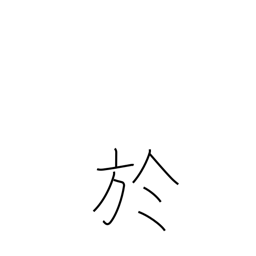
Meaning: on